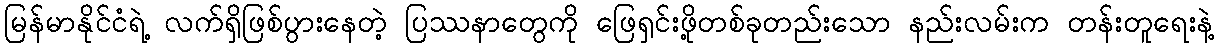
မြန်မာနိုင်ငံရဲ့ လက်ရှိဖြစ်ပွားနေတဲ့ ပြဿနာတွေကို ဖြေရှင်းဖို့တစ်ခုတည်းသော နည်းလမ်းက တန်းတူရေးနဲ့